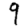
Digit: 9